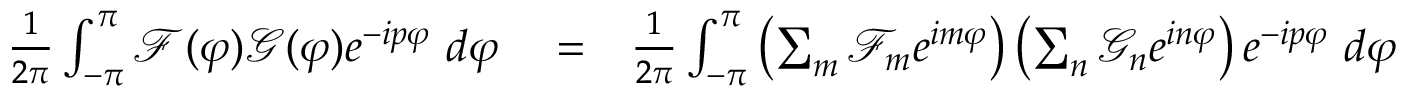
\begin{array} { r l r } { \frac { 1 } { 2 \pi } \int _ { - \pi } ^ { \pi } \mathcal { F } ( \varphi ) \mathcal { G } ( \varphi ) e ^ { - i p \varphi } \ d \varphi } & { { } = } & { \frac { 1 } { 2 \pi } \int _ { - \pi } ^ { \pi } \left( \sum _ { m } \mathcal { F } _ { m } e ^ { i m \varphi } \right) \left( \sum _ { n } \mathcal { G } _ { n } e ^ { i n \varphi } \right) e ^ { - i p \varphi } \ d \varphi } \end{array}